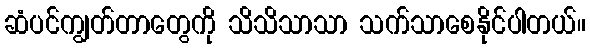
ဆံပင်ကျွတ်တာတွေကို သိသိသာသာ သက်သာစေနိုင်ပါတယ်။